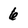
Character: 6